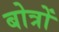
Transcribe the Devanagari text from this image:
बोत्रों